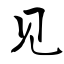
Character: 见